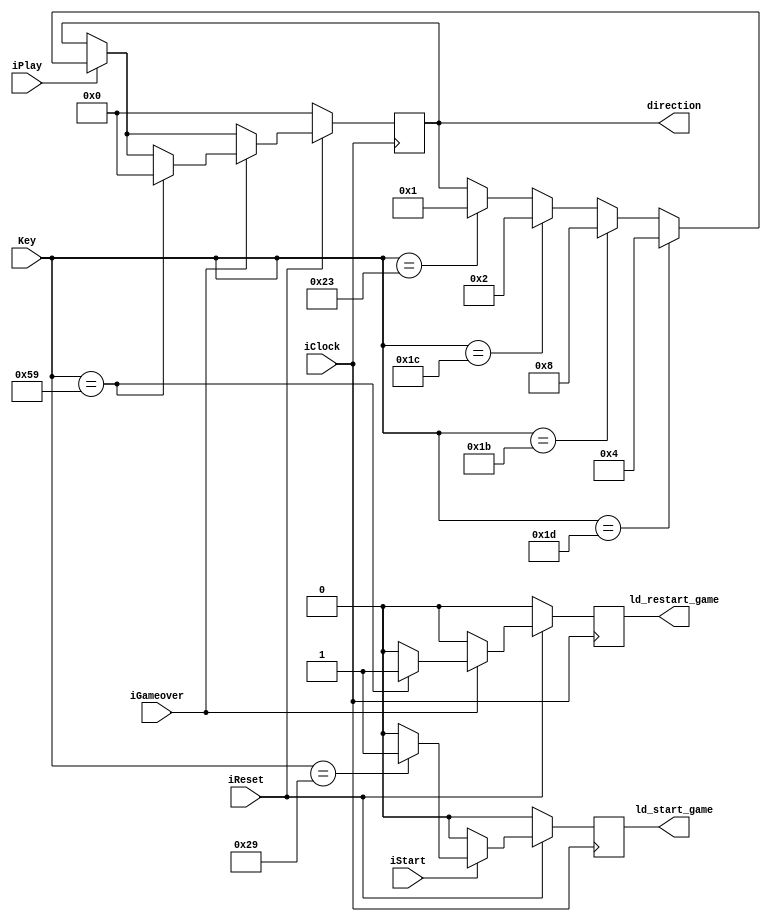

module keyboard_input(input iClock, iReset,
					  input iStart, iPlay, iGameover,
					  input [7:0] Key,
					  output reg ld_start_game, ld_restart_game,
					  output reg [3:0] direction
					  );

	/*	Directions: 
		UP - 1000
		DOWN - 0100
		LEFT - 0010
		RIGHT - 0001
		DONT MOVE - 0000
	*/	
		
	always@(posedge iClock)
	begin
		if (!iReset) begin
			ld_start_game <= 0;
			ld_restart_game <= 0;
			direction <= 'b0;
		end else begin
			ld_start_game <= 0;
			ld_restart_game <= 0;
			
			
			// iStart high
			if (iStart) begin
				if (Key == 8'b00101001) // 8'h29 - space 
					ld_start_game <= 1;
			end
		
			// iPlay high
			if (iPlay)begin
				// down
				if (Key == 8'b00011101) //8'h1d
					direction <= 4'b0100;
					
				// up
				else if (Key == 8'b00011011) //8'h1b
					direction <= 4'b1000;
				
				//left 
				else if (Key == 8'b00011100) //8'h1c
					direction <= 4'b0010;

				//right
				else if (Key == 8'b00100011) //8'h23
					direction <= 4'b0001;
			end

			// iGameover high
			if(iGameover) begin
				if (Key == 8'b01011001)begin  // 8'h59 - shift
					ld_restart_game <= 1;
					direction <= 4'b0000;
				end
			end
		end
	end
endmodule